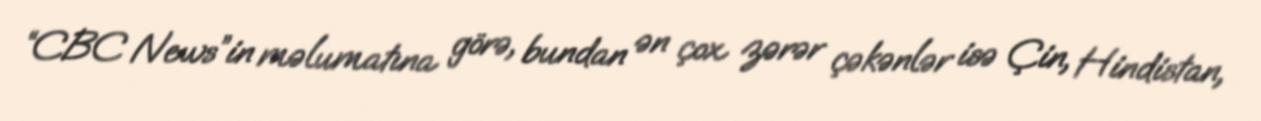
“CBC News”in məlumatına görə, bundan ən çox zərər çəkənlər isə Çin, Hindistan,